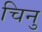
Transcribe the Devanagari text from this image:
चिनु